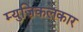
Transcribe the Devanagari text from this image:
म्युज़िकलकार